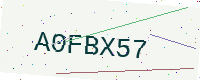
Text: A0FBX57